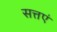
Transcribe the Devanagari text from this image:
सत्तएं